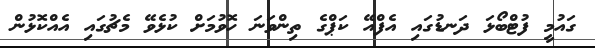
ގައުމީ ފުޓްބޯޅަ ދަނޑުގައި އެފްއޭ ކަޕްގެ ތިންވަނަ ހޮވުމަށް ކުޅެވޭ މެޗުގައި އެއްކޮޅުން